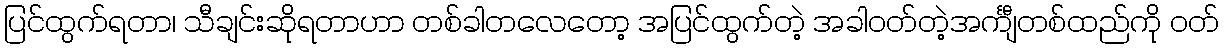
ပြင်ထွက်ရတာ၊ သီချင်းဆိုရတာဟာ တစ်ခါတလေတော့ အပြင်ထွက်တဲ့ အခါဝတ်တဲ့အင်္ကျီတစ်ထည်ကို ဝတ်